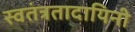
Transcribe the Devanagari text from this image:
स्वतंत्रतादायिनी